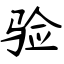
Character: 验